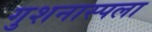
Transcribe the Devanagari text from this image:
गुशनास्पला